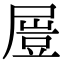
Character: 𡳂